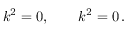
k ^ { 2 } = 0 , \qquad k ^ { 2 } = 0 \, .